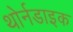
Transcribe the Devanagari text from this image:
थोर्नडाइक